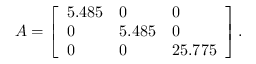
A = \left[ \begin{array} { l l l } { 5 . 4 8 5 } & { 0 } & { 0 } \\ { 0 } & { 5 . 4 8 5 } & { 0 } \\ { 0 } & { 0 } & { 2 5 . 7 7 5 } \end{array} \right] .